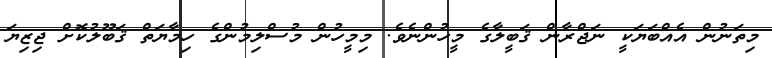
މިތަނުން އެއްބަޔަކީ ނަޖްރާން ޤަބީލާގެ މީހުންނެވެ. މިމީހުން މުސްލިމުންގެ ހިމާޔަތް ޤަބޫލުކޮށް ޖިޒިޔަ